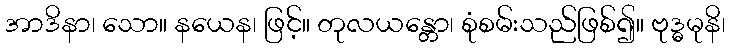
အာဒိနာ၊ သော။ နယေန၊ ဖြင့်။ တုလယန္တော၊ စုံစမ်းသည်ဖြစ်၍။ ဗုဒ္ဓမုနိ၊